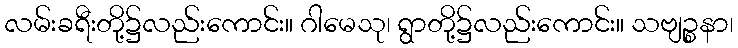
လမ်းခရီးတို့၌လည်းကောင်း။ ဂါမေသု၊ ရွာတို့၌လည်းကောင်း။ သဗျဉ္စနာ၊